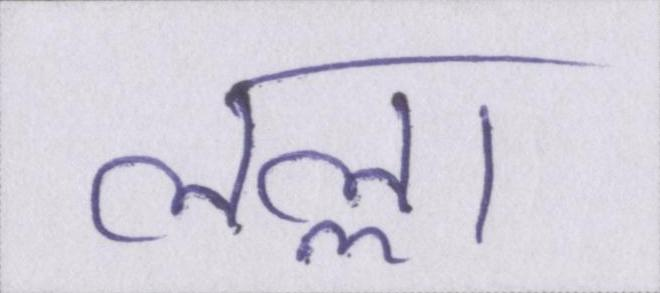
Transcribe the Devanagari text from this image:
लल्ला